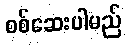
စစ်ဆေးပါမည်